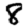
Digit: 8